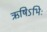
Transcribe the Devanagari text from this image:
ऋषिऽभिः